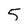
Character: 5